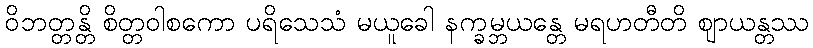
ဝိဘတ္တန္တိ စိတ္တဝါစကော ပရိသေသံ မယူခေါ နက္ခမ္ဘယန္တေ မရဟတီတိ ဈာယန္တဿ